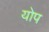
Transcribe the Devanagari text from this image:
योप